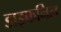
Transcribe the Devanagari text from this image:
डाइफनिल